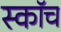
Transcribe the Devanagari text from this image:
स्‍कॉच